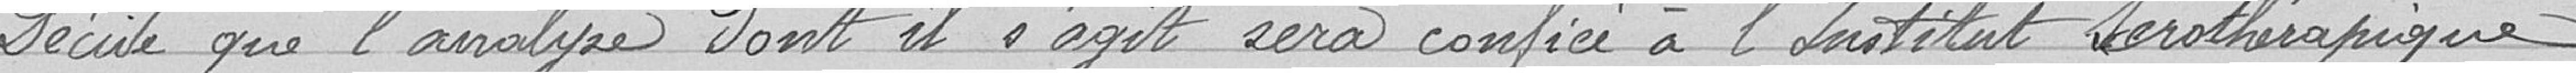
Décide que l'analyse dont il s'agit sera confiée à l'Institut Sérothérapique